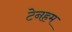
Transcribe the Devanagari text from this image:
टेनहम